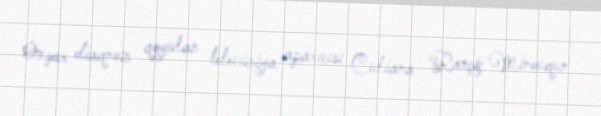
Oxşar diaqnoz qoyulan televiziya aparıcısı Culiana Rançiç Minouqun